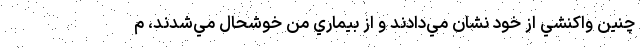
چنين واكنشي از خود نشان مي‌دادند و از بيماري من خوشحال مي‌شدند، م